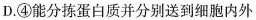
D. ④能分拣蛋白质并分别送到细胞内外